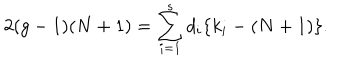
LaTeX: 2 ( g - 1 ) ( N + 1 ) = \sum _ { i = 1 } ^ { s } d _ { i } \{ k _ { i } - ( N + 1 ) \} .